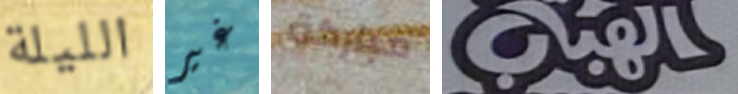
الليلة غير مباركة الهباب